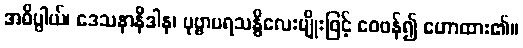
အဓိပ္ပါယ်၊ ဒေသနာနိဒါန၊ ပုဗ္ဗာပရသန္ဓိလေးမျိုးဖြင့် ဝေဖန်၍ ဟောထား၏။